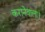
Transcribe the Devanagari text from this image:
करानेवाला।